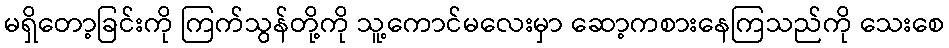
မရှိတော့ခြင်းကို ကြက်သွန်တို့ကို သူ့ကောင်မလေးမှာ ဆော့ကစားနေကြသည်ကို သေးစေ